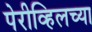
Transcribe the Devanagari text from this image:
पेरीव्हिलच्या